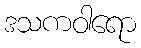
ဒသကဝါရော